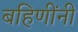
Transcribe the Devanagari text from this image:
बहिणींनी